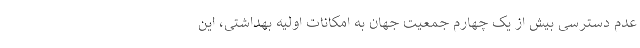
عدم دسترسی بیش از یک چهارم جمعیت جهان به امکانات اولیه بهداشتی، این